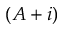
( A + i )